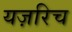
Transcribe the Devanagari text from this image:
यज़रिच